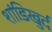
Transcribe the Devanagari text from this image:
शांडिखुर्द